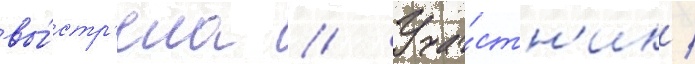
вы́стр'ела // Уча́стн'ик /